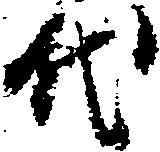
代